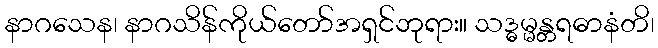
နာဂသေန၊ နာဂသိန်ကိုယ်တော်အရှင်ဘုရား။ သဒ္ဓမ္မန္တရဓာနံတိ၊